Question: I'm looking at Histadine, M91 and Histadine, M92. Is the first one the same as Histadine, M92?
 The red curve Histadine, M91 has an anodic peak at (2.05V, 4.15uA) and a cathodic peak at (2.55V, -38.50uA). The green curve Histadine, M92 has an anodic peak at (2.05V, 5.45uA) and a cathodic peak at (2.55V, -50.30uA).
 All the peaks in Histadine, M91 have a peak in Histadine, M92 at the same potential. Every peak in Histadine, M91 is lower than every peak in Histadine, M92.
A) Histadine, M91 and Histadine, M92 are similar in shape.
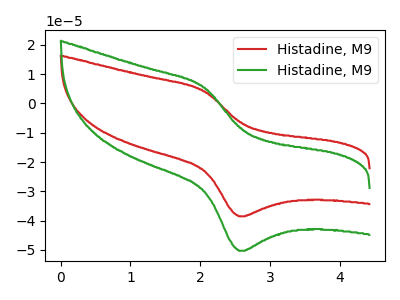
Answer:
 <answer>A) "Histadine, M91" and "Histadine, M92" are similar in shape.</answer>
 <eval>A</eval>